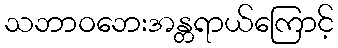
သဘာဝဘေးအန္တရာယ်ကြောင့်